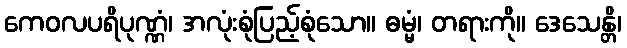
ကေဝလပရိပုဏ္ဏံ၊ အလုံးစုံပြည့်စုံသော။ ဓမ္မံ၊ တရားကို။ ဒေသေန္တိ၊